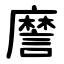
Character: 䜆